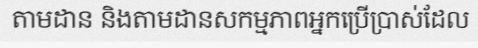
តាមដាន និងតាមដានសកម្មភាពអ្នកប្រើប្រាស់ដែល